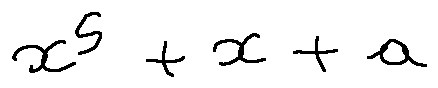
x ^ { 5 } + x + a